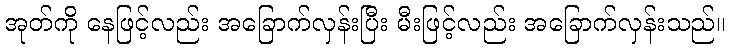
အုတ်ကို နေဖြင့်လည်း အခြောက်လှန်းပြီး မီးဖြင့်လည်း အခြောက်လှန်းသည်။